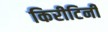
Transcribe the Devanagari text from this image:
किरीटिनी